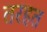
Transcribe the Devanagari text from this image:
तरहत